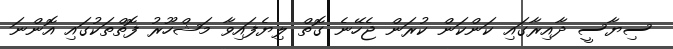
ސިޔާސީ ދާއިރާގައި ކަންކަން ކުރަން ޖެހޭނެ ގޮތް ލިޔެފައިވާ މަޝްހޫރު ފޮތްތަކުގައި އޮންނަ